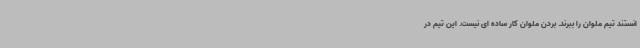
انستند تیم ملوان را ببرند. بردن ملوان کار ساده ای نیست. این تیم در